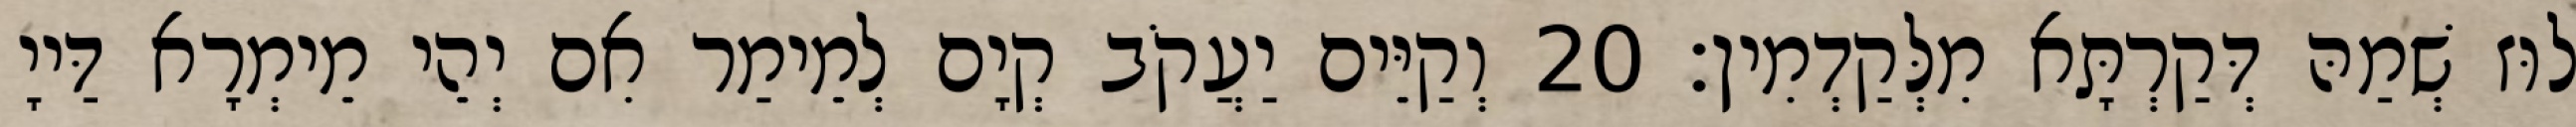
לוּז שְׁמַהּ דְּקַרְתָּא מִלְּקַדְמִין׃ 20 וְקַיֵּים יַעֲקֹב קְיָם לְמֵימַר אִם יְהֵי מֵימְרָא דַּייָ